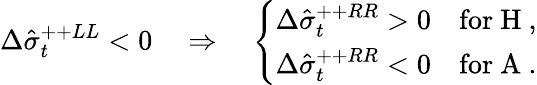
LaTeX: \Delta\hat{\sigma}_{t}^{++LL}<0\quad\Rightarrow\quad\left\{ \begin{array}{ll}{{\Delta\hat{\sigma}_{t}^{++RR}>0}}&{{\mathrm{for~H~},}}\\ {{\Delta\hat{\sigma}_{t}^{++RR}<0}}&{{\mathrm{for~A~}.}}\end{array}\right.